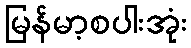
မြန်မာ့စပါးအုံး